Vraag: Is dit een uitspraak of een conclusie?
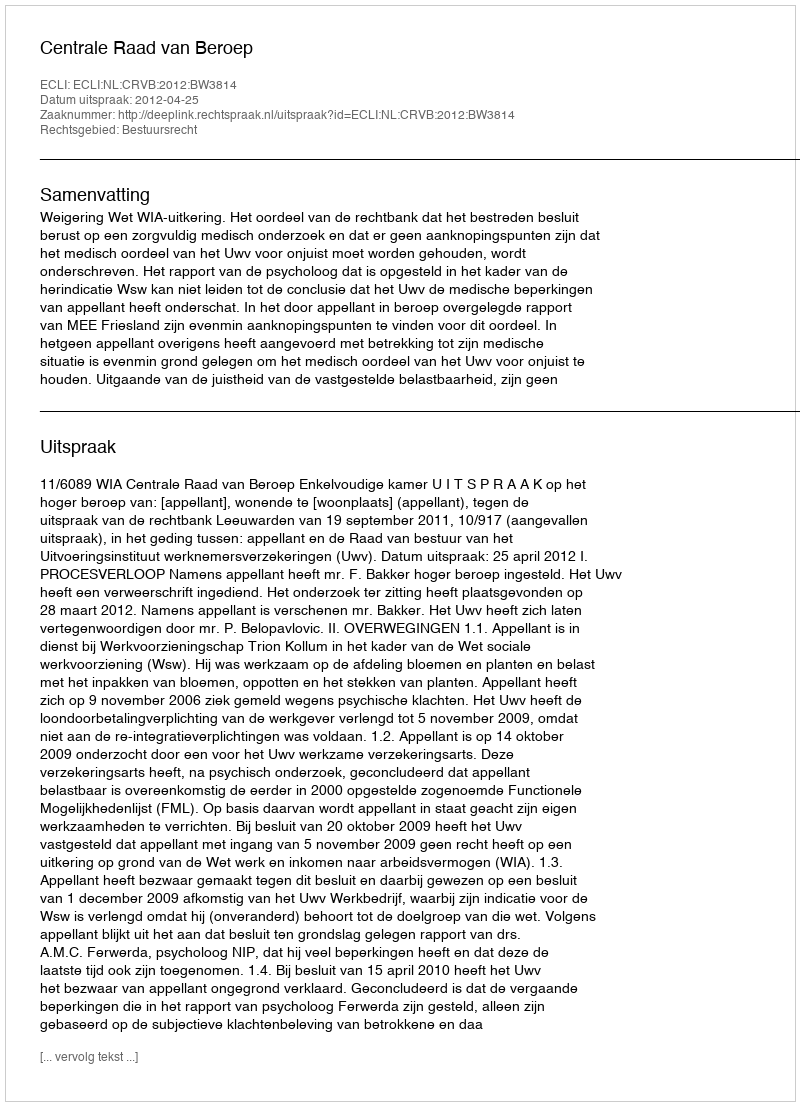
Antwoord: Uitspraak